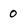
Character: 0